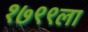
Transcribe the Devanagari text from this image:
१७९९ला